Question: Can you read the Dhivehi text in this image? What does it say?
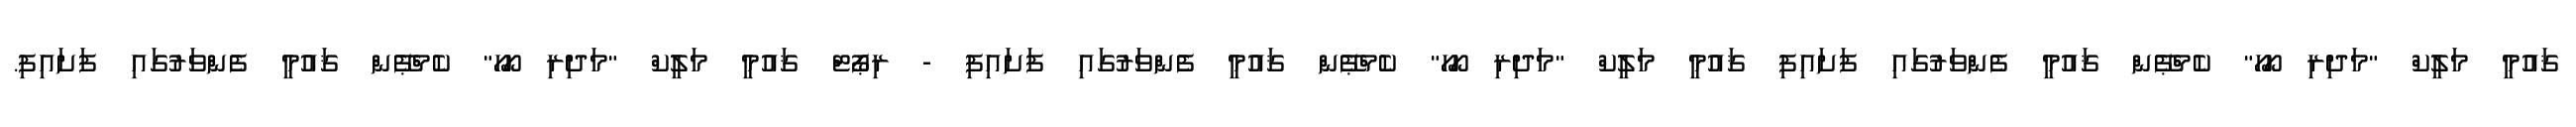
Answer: ޤައުމީ މަލީކް "މަދިރި ހޯހޯ" ކެމްޕޭން ޤައުމީ ފެންވަރުގައި ފަށައިފި ޤައުމީ މަލީކް "މަދިރި ހޯހޯ" ކެމްޕޭން ޤައުމީ ފެންވަރުގައި ފަށައިފި - ރިޕޯޓް ޤައުމީ މަލީކް "މަދިރި ހޯހޯ" ކެމްޕޭން ޤައުމީ ފެންވަރުގައި ފަށައިފި.